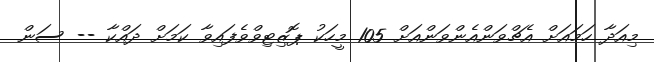
މިއަދާ ހަމައަށް އެޗްވަންއެންވަންއަށް 105 މީހަކު ޕޮޒިޓިވްވެފައިވާ ކަމަށް ދައްކާ -- ސަން